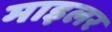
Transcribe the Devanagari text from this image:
माइलर